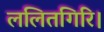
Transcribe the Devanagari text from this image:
ललितगिरि।